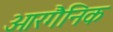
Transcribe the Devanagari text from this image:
ओरगैनिक